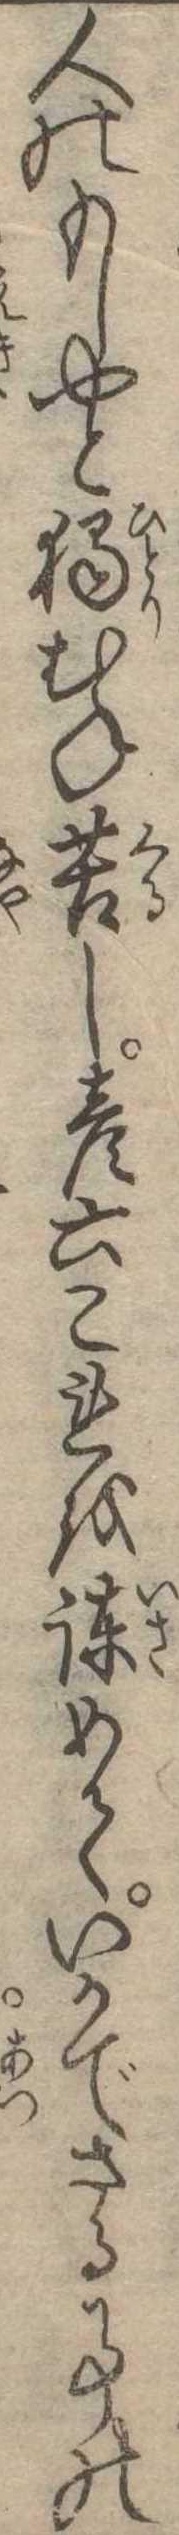
人のもしやと独むね苦し彦六これを諌めていかでさる事の